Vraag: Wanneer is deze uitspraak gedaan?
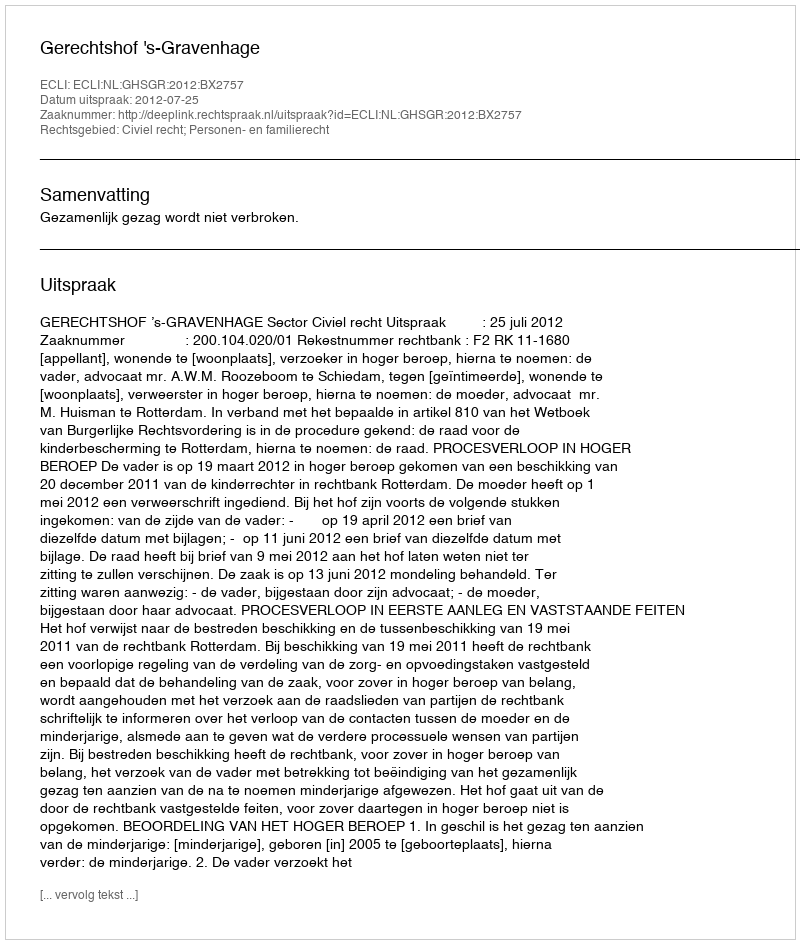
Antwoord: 2012-07-25